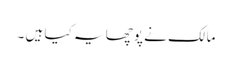
مالک نے پوچھا یہ کیا ہیں ۔